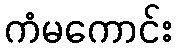
ကံမကောင်း